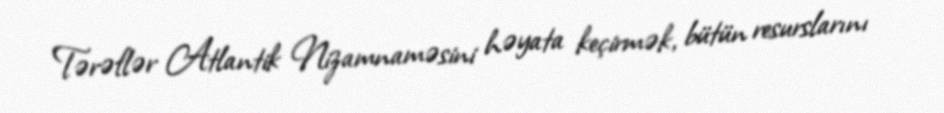
Tərəflər Atlantik Nizamnaməsini həyata keçirmək, bütün resurslarını